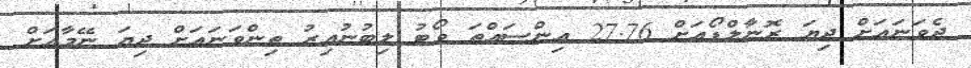
ދެވަނައަށް ދިޔަ ރޮނާލްޑޯއަށް 27.76 އިންސައްތަ ވޯޓު ލިބުނުއިރު ތިންވަނައަށް ދިޔަ ނޭމާއަށް